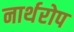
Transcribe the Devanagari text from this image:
नार्थरोप